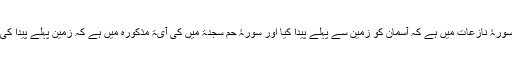
سورۂ نازعات میں ہے کہ آسمان کو زمین سے پہلے پیدا کیا اور سورۂ حٰم سجدۃ میں کی آیۃ مذکورہ میں ہے کہ زمین پہلے پیدا کی۔